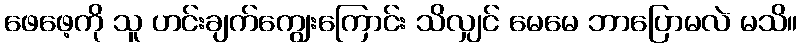
ဖေဖေ့ကို သူ ဟင်းချက်ကျွေးကြောင်း သိလျှင် မေမေ ဘာပြောမလဲ မသိ။